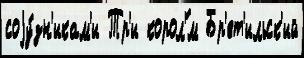
соjу́зн'икам'и Тр'и корол'́м Бр'ет'ильск'ий